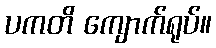
ပကတိ ကျောက်ရုပ်။